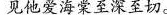
见他爱海棠至深至切。